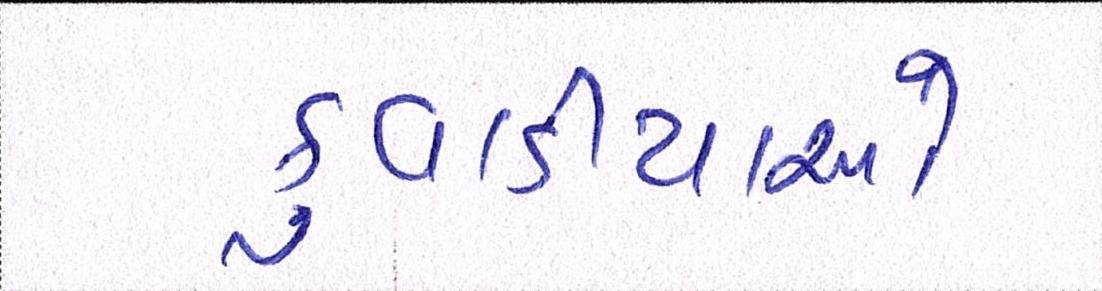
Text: કુવાડીયાઓ